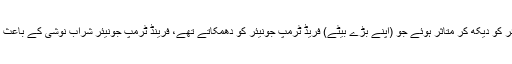
میری ٹرمپ کا کہنا تھا کہ امریکی صدر اپنے والد فریڈ ٹرمپ سینئر کو دیکھ کر متاثر ہوئے جو (اپنے بڑے بیٹے) فریڈ ٹرمپ جونیئر کو دھمکاتے تھے، فرینڈ ٹرمپ جونیئر شراب نوشی کے باعث بیماری سے اس وقت چل بسے تھے جب میری 16 برس کی تھیں۔